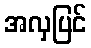
အလှပြင်